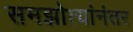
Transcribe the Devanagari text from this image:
समझोत्यांनंतर